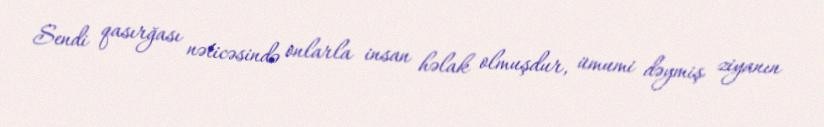
Sendi qasırğası nəticəsində onlarla insan həlak olmuşdur, ümumi dəymiş ziyanın